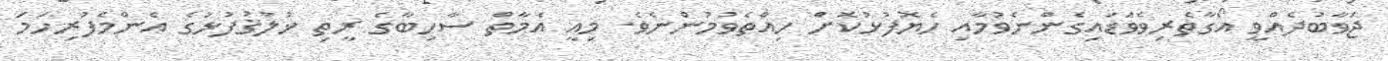
ޖަވާބުދެއްވީ އޯގާތެރިވެވަޑައިގެންނެވުމާއި ހެޔޮފުޅުކޮށް ހިއްތެވުމުންނެވެ. މިއީ އެމާތް ސާހިބާގެ ރީތި ޚުލުޤުފުޅުގެ އެންމެފުރިހަމަ